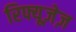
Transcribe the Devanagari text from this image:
रिफ्यूज़ेज़